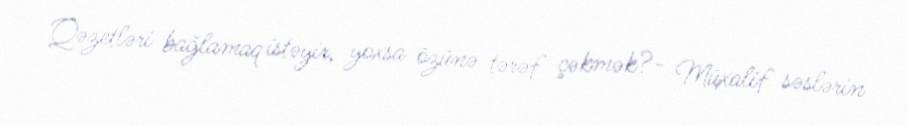
Qəzetləri bağlamaq istəyir, yoxsa özünə tərəf çəkmək?- Müxalif səslərin